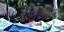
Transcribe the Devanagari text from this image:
गोष्टीदेखील